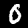
Label: 0